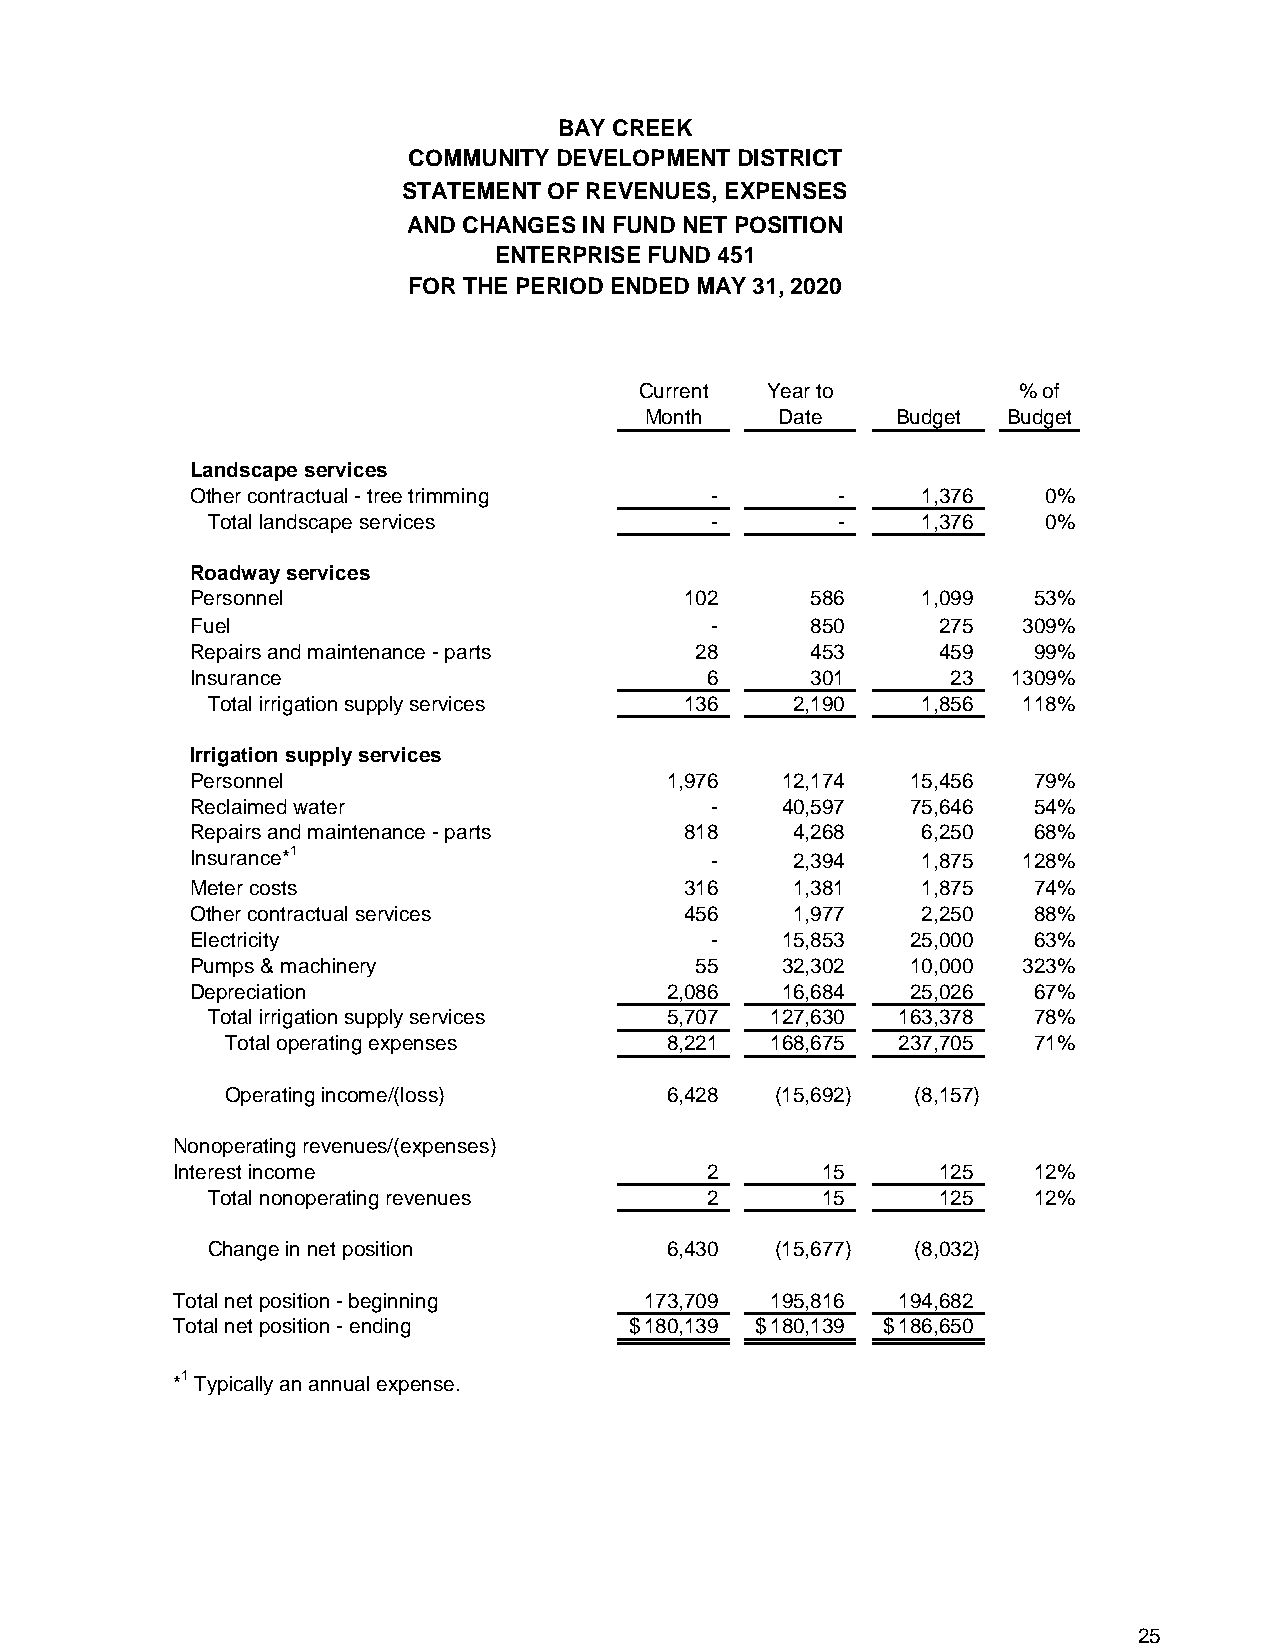
BAY CREEK
 COMMUNITY DEVELOPMENT DISTRICT
 STATEMENT OF REVENUES, EXPENSES
 AND CHANGES IN FUND NET POSITION
 ENTERPRISE FUND 451
 FOR THE PERIOD ENDED MAY 31, 2020
 Current  Year to         % of
 Month    Date   Budget  Budget
 Landscape services
 Other contractual - tree trimming -       -     1,376   0%
 Total landscape services         -       -     1,376   0%
 Roadway services
 Personnel                       1 02     5 86   1,099  53%
 Fuel                              -      8 50    275   309%
 Repairs and maintenance - parts  2 8     4 53    459   99%
 Insurance                         6      3 01     23  1309%
 Total irrigation supply services 136   2,190   1,856  118%
 Irrigation supply services
 Personnel                      1 ,976  1 2,174 15,456  79%
 Reclaimed water                   -    4 0,597 75,646  54%
 Repairs and maintenance - parts 8 18    4 ,268  6,250  68%
 Insurance*1
 -     2 ,394  1,875  128%
 Meter costs                     3 16    1 ,381  1,875  74%
 Other contractual services      4 56    1 ,977  2,250  88%
 Electricity                       -    1 5,853 25,000  63%
 Pumps & machinery                5 5   3 2,302 10,000  323%
 Depreciation                   2 ,086  1 6,684 25,026  67%
 Total irrigation supply services 5,707 127,630 163,378 78%
 Total operating expenses     8,221  168,675 237,705  71%
 Operating income/(loss)      6,428  (15,692)  (8,157)
 Nonoperating revenues/(expenses)
 Interest income                     2      1 5     125   12%
 Total nonoperating revenues      2      15      125   12%
 Change in net position        6,430  (15,677)  (8,032)
 Total net position - beginning  173,709 195,816 194,682
 Total net position - ending    $ 180,139 $ 180,139 $ 186,650
 *1 Typically an annual expense.
 25